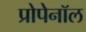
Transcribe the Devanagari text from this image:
प्रोपेनॉल